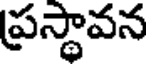
ప్రస్థావన